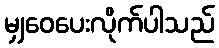
မျှဝေပေးလိုက်ပါသည်